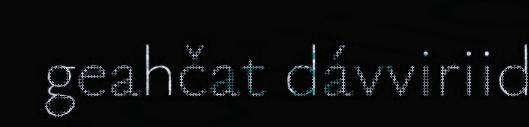
geahčat dávviriid